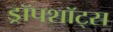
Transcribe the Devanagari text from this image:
ड्रॉपशॉट्स